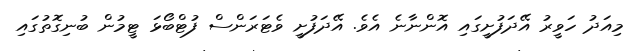
މިއަދު ހަވީރު އޭދަފުށީގައި އޮންނާނެ އެވެ. އޭދަފުށީ ވެޓަރަންސް ފުޓްބޯޅަ ޓީމުން ބުނިގޮތުގައި